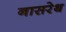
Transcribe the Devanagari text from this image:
नासरेथ